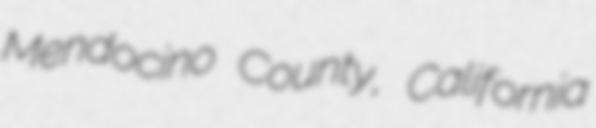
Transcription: Mendocino County, California